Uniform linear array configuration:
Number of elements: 4
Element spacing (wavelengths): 0.75
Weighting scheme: hann
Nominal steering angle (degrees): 30
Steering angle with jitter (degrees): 30.911
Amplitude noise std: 0.05
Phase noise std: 0.05

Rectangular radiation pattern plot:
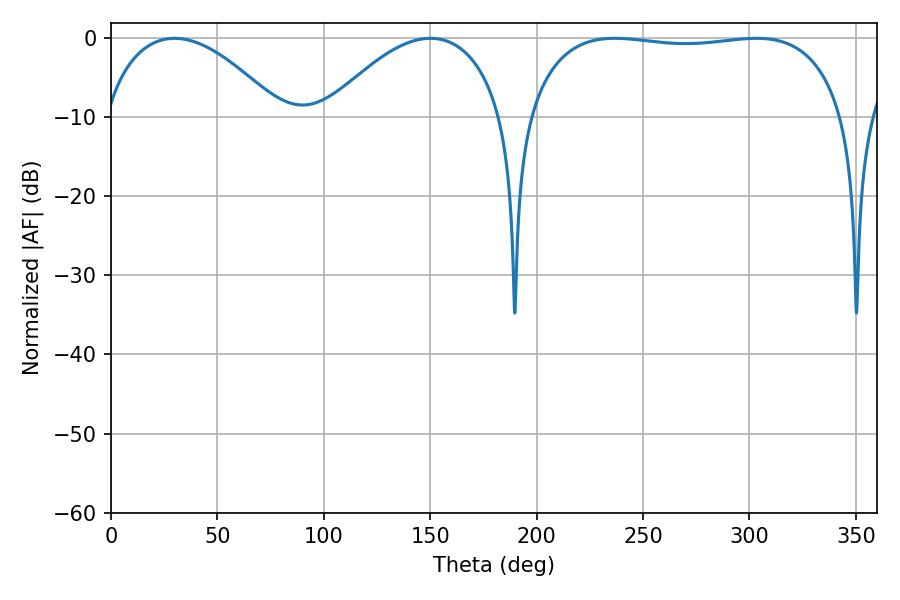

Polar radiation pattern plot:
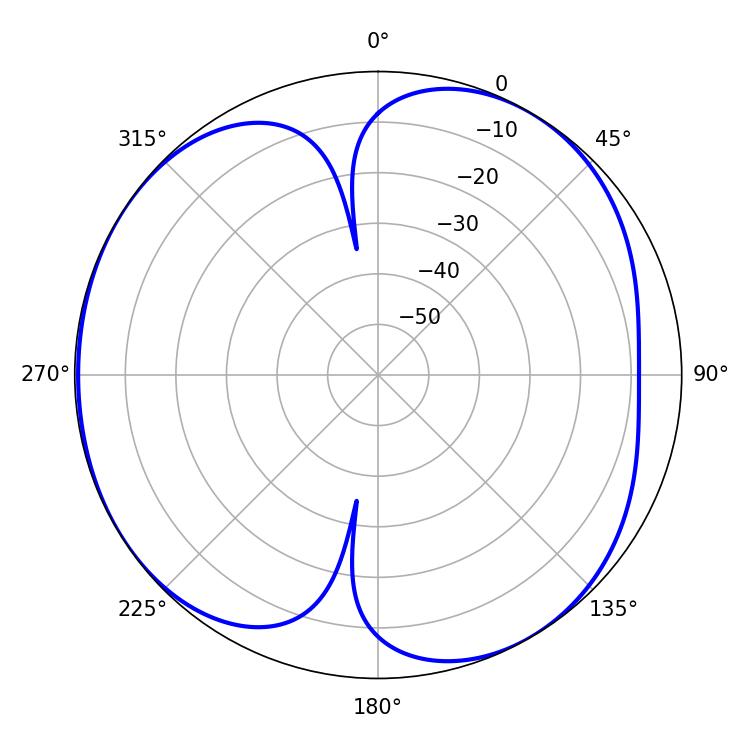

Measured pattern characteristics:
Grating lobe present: TRUE
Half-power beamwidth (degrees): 119.52
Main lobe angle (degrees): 236.7